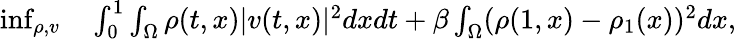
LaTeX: \begin{array}{rl}{\operatorname*{inf}_{\rho,v}}&{{}\int_{0}^{1}\int_{\Omega}\rho(t,x)|v(t,x)|^{2}dxdt+\beta\int_{\Omega}(\rho(1,x)-\rho_{1}(x))^{2}dx,}\end{array}